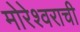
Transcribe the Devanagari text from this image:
मोरेश्वराची